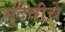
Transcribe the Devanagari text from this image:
भूदेवीचे